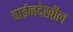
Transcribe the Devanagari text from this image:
वाईनदेखील